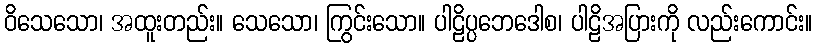
ဝိသေသော၊ အထူးတည်း။ သေသော၊ ကြွင်းသော။ ပါဠိပ္ပဘေဒေါစ၊ ပါဠိအပြားကို လည်းကောင်း။